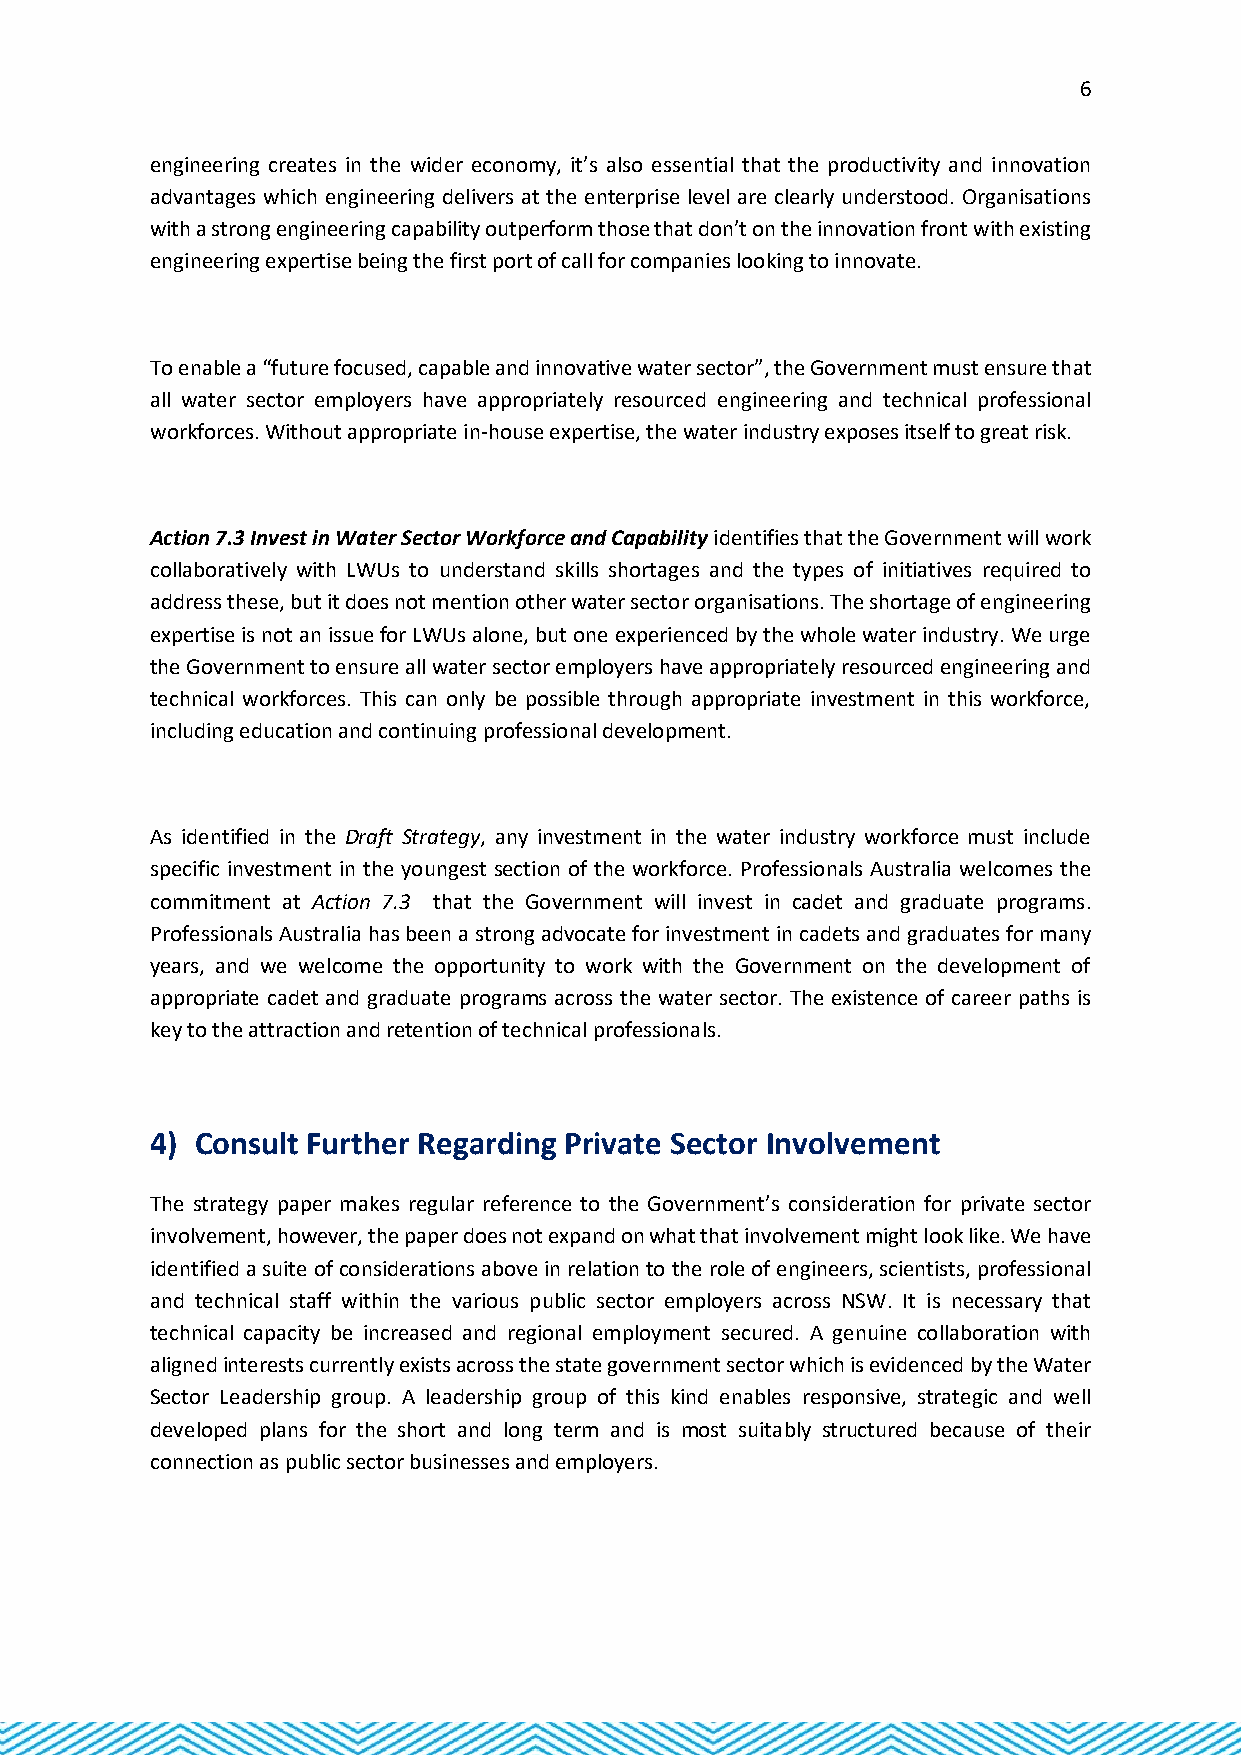
6
 engineering creates in the wider economy, it’s also essential that the productivity and innovation
 advantages which engineering delivers at the enterprise level are clearly understood. Organisations
 with a strong engineering capability outperform those that don’t on the innovation front with existing
 engineering expertise being the first port of call for companies looking to innovate.
 To enable a “future focused, capable and innovative water sector”, the Government must ensure that
 all water sector employers have appropriately resourced engineering and technical professional
 workforces. Without appropriate in-house expertise, the water industry exposes itself to great risk.
 Action 7.3 Invest in Water Sector Workforce and Capability identifies that the Government will work
 collaboratively with LWUs to understand skills shortages and the types of initiatives required to
 address these, but it does not mention other water sector organisations. The shortage of engineering
 expertise is not an issue for LWUs alone, but one experienced by the whole water industry. We urge
 the Government to ensure all water sector employers have appropriately resourced engineering and
 technical workforces. This can only be possible through appropriate investment in this workforce,
 including education and continuing professional development.
 As identified in the Draft Strategy, any investment in the water industry workforce must include
 specific investment in the youngest section of the workforce. Professionals Australia welcomes the
 commitment at Action 7.3 that the Government will invest in cadet and graduate programs.
 Professionals Australia has been a strong advocate for investment in cadets and graduates for many
 years, and we welcome the opportunity to work with the Government on the development of
 appropriate cadet and graduate programs across the water sector. The existence of career paths is
 key to the attraction and retention of technical professionals.
 4) Consult Further Regarding Private Sector Involvement
 The strategy paper makes regular reference to the Government’s consideration for private sector
 involvement, however, the paper does not expand on what that involvement might look like. We have
 identified a suite of considerations above in relation to the role of engineers, scientists, professional
 and technical staff within the various public sector employers across NSW. It is necessary that
 technical capacity be increased and regional employment secured. A genuine collaboration with
 aligned interests currently exists across the state government sector which is evidenced by the Water
 Sector Leadership group. A leadership group of this kind enables responsive, strategic and well
 developed plans for the short and long term and is most suitably structured because of their
 connection as public sector businesses and employers.